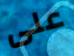
على